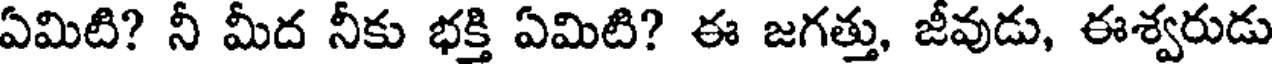
ఏమిటి? నీ మీద నీకు భక్తి ఏమిటి? ఈ జగత్తు, జీవుడు, ఈశ్వరుడు